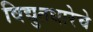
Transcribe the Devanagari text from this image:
विद्युतधारेचे